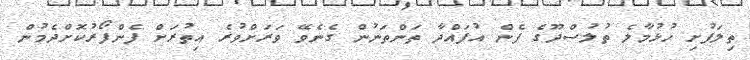
ތިލަފުށި ހުޅުމާލެ ތުލުސްދޫގެ ފެން އުފައްދާ ތަންތަނުން ގެނެވޭ ވަރަށްވުރެ އިތުރަށް ފެންފޯރުކޮށްދެމުން